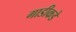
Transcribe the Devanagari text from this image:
गाडीकडे